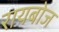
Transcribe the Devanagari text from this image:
रायबोज